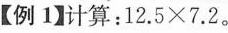
【例1】计算：$$1 2. 5 \times